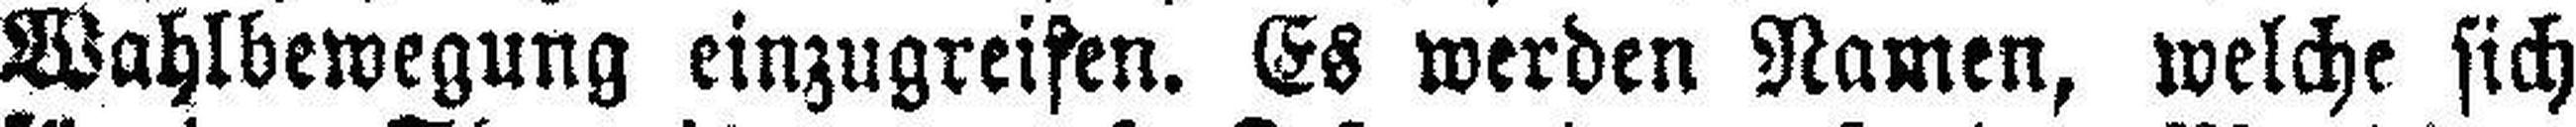
Wahlbewegung einzugreifen. Es werden Namen, welche sich